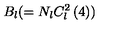
B _ { l } ( = N _ { l } C _ { l } ^ { 2 } \left( 4 \right) )